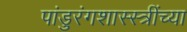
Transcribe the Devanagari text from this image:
पांडुरंगशास्स्त्रींच्या